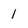
Character: 1